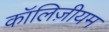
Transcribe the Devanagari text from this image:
कॉलिज़ीयम